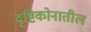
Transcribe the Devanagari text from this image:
दृष्टिकोनातील